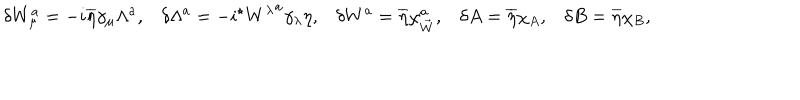
\delta W _ { \mu } ^ { a } = - i \overline { { { \eta } } } \gamma _ { \mu } \Lambda ^ { a } , \delta \Lambda ^ { a } = - i { } ^ { \star } { W ^ { \lambda } } ^ { a } \gamma _ { \lambda } \eta , \delta W ^ { a } = \overline { { { \eta } } } \chi _ { \vec { W } } ^ { a } , \delta A = \overline { { { \eta } } } \chi _ { A } , \delta B = \overline { { { \eta } } } \chi _ { B } ,